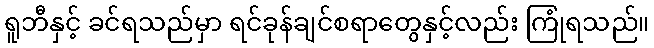
ရူဘီနှင့် ခင်ရသည်မှာ ရင်ခုန်ချင်စရာတွေနှင့်လည်း ကြုံရသည်။